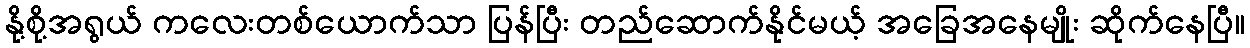
နို့စို့အရွယ် ကလေးတစ်ယောက်သာ ပြန်ပြီး တည်ဆောက်နိုင်မယ့် အခြေအနေမျိုး ဆိုက်နေပြီ။